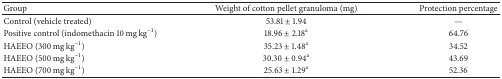
| Group | Weight of cotton pellet granuloma (mg) | Protection percentage |
 | --- | --- | --- |
 | Control (vehicle treated) | 53.81 ± 1.94 | — |
 | Positive control (indomethacin 10 mg kg−1) | 18.96 ± 2.18a | 64.76 |
 | HAEEO (300 mg kg−1) | 35.23 ± 1.48a | 34.52 |
 | HAEEO (500 mg kg−1) | 30.30 ± 0.94a | 43.69 |
 | HAEEO (700 mg kg−1) | 25.63 ± 1.29a | 52.36 |